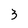
Character: 3